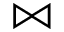
\Join